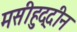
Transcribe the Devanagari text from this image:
मसीहुद्दीन